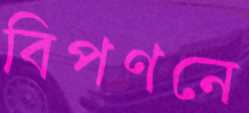
বিপণনে